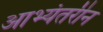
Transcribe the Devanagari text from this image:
आभ्यंतरीन